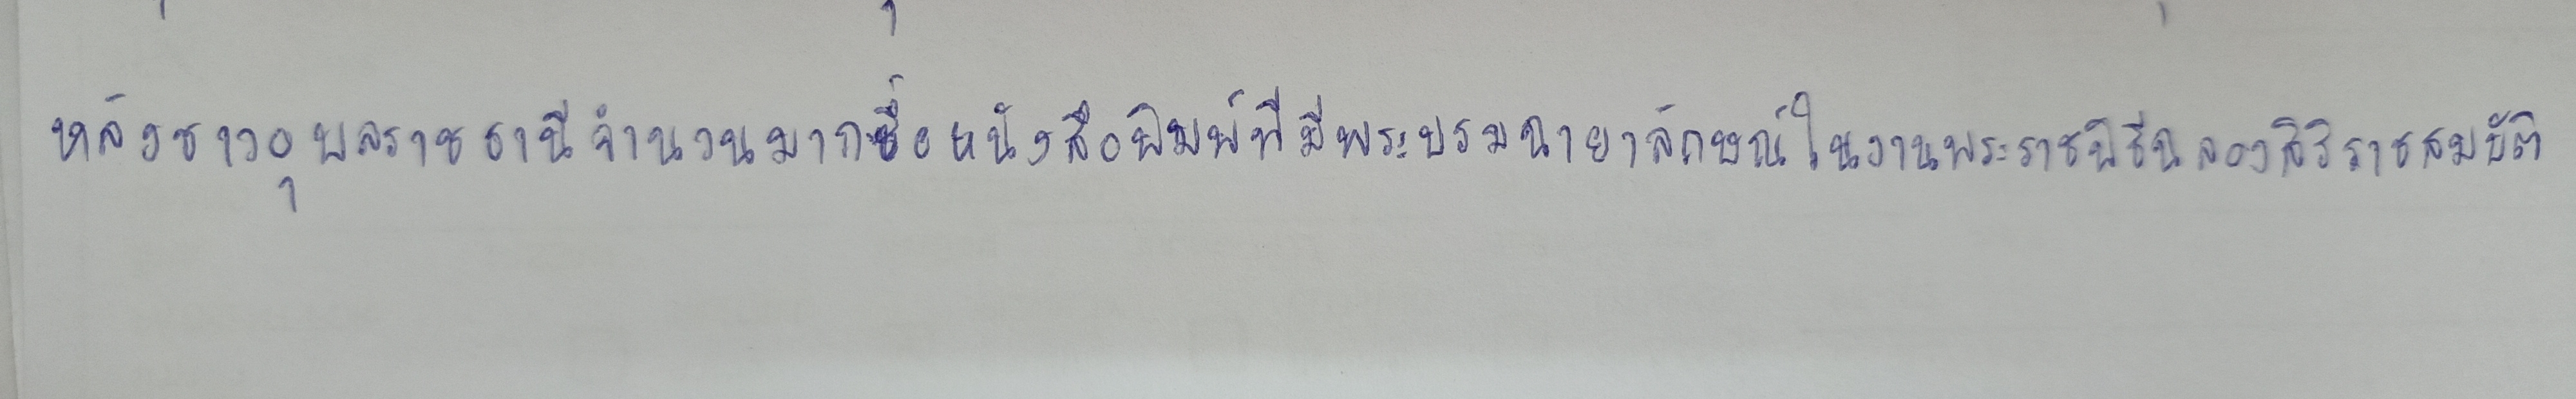
หลังชาวอุบลราชธานีจำนวนมากซื้อหนังสือพิมพ์ที่มีพระบรมฉายาลักษณ์ในงานพระราชพิธีฉลองสิริราชสมบัติ